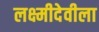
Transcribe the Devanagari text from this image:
लक्ष्मीदेवीला